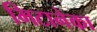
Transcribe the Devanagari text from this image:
मिटानेका